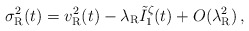
\begin{align*}\sigma_{\rm R}^2(t)=v_{\rm R}^2(t)-\lambda_{\rm R}\tilde{I}_1^{\zeta}(t)+O(\lambda_{\rm R}^2)\,,\end{align*}